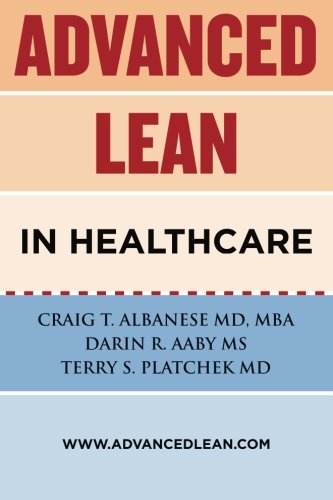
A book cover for Advanced Lean In Healthcare; Craig T. Albanese; Medical Books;